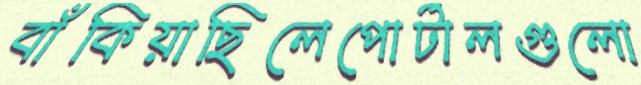
বাঁকিয়াছিলেপোর্টালগুলো